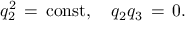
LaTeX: q _ { 2 } ^ { 2 } \, = \, \mathrm { c o n s t } , \quad q _ { 2 } q _ { 3 } \, = \, 0 .